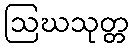
ဩဃသုတ္တ